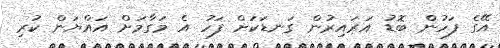
އޭގެ ފަހުން ބޮޑު އަރައިރުން ގަނޑަކަށް ފަހު އެ މަގާމަށް އައްޔަން ކުރި